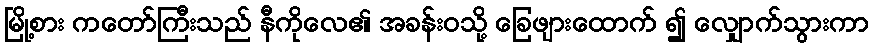
မြို့စား ကတော်ကြီးသည် နီကိုလေ၏ အခန်းဝသို့ ခြေဖျားထောက် ၍ လျှောက်သွားကာ